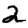
Digit: 2